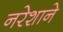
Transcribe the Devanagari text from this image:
नरेशाने